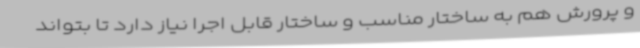
و پرورش هم به ساختار مناسب و ساختار قابل اجرا نیاز دارد تا بتواند